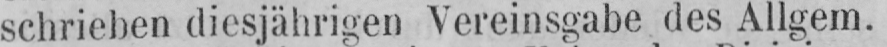
schrieben diesjährigen Vereinsgabe des Allgem.